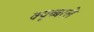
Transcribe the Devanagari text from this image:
क्यूब्बरले